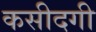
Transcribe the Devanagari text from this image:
कसीदगी